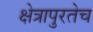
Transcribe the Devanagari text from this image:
क्षेत्रापुरतेच